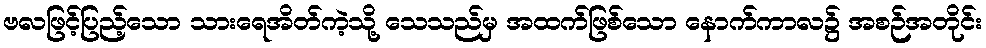
ဗလဖြင့်ပြည့်သော သားရေအိတ်ကဲ့သို့ သေသည်မှ အထက်ဖြစ်သော နောက်ကာလ၌ အစဉ်အတိုင်း